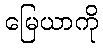
မြေယာကို